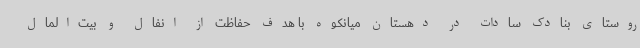
روستای بنادک سادات در دهستان میانکوه با هدف حفاظت از انفال و بیت‌المال